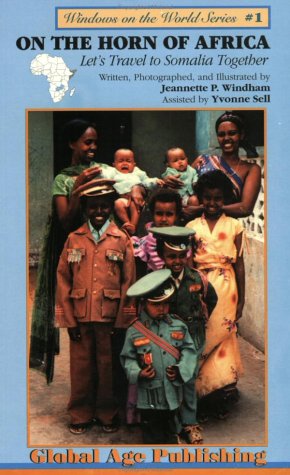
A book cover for On the Horn of Africa: Let's Travel to Somalia Together (Windows on the World); Jeannette P. Windham; Travel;